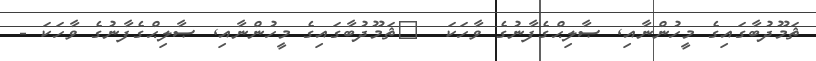
ޘަމޫދުބާގައިގެ މީހުންނާއި